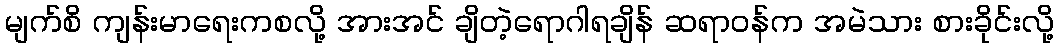
မျက်စိ ကျန်းမာရေးကစလို့ အားအင် ချိတဲ့ရောဂါရချိန် ဆရာဝန်က အမဲသား စားခိုင်းလို့